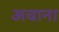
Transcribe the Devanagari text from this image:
अवाना